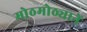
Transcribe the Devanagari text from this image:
मोठमोठ्यानें